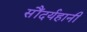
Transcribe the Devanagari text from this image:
सौंदर्यहानी